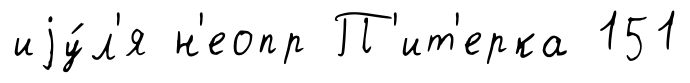
иjу́л'я н'еопр П'ит'ерка 151